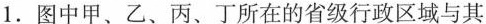
1.图中甲、乙、丙、丁所在的省级行政区域与其